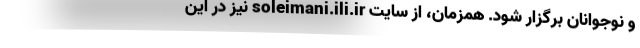
و نوجوانان برگزار شود. همزمان، از سایت soleimani.ili.ir نیز در این